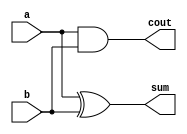
// ---------------------
// Full Adder
// Nome: Guilherme Augusto Freitas Costa
// ---------------------

// ---------------------
// -- half adder
// ---------------------

module halfadder (sum, cout, a, b);
 output sum, cout;
 input  a, b;

 xor XOR1 (sum, a, b);
 and AND1 (cout, a, b);

endmodule // halfadder

// ---------------------
// -- full adder
// ---------------------

module fulladder (sum, cout, cin, a, b);
	output sum, cout;
	input cin, a, b;
	
	halfadder HA1 (sum1, ha1, a, b);
	halfadder HA2 (sum, ha2, sum1, cin);
	or OR1 (cout, ha1, ha2);
	
endmodule // fulladder

// ---------------------
// -- full adder 3 bit
// ---------------------

module fulladder3bit (sum, x, y);
	output [3:0]sum;
	input [2:0]x, y;

	halfadder HA1 (sum[0], ha1, x[0], y[0]);
	fulladder FA1 (sum[1], fa1, ha1, x[1], y[1]);
	fulladder FA2 (sum[2], sum[3], fa1, x[2], y[2]);
endmodule //fulladder3bit

// ---------------------
// -- test full adder 3 bit
// ---------------------

module testfulladder;
	reg [2:0]x, y;
	wire [3:0]sum;
	
	fulladder3bit FA (sum, x, y);
	
	initial begin
	
		$display("Test Full Adder");
		// modificar valores para teste
		x = 3'b111;
		y = 3'b111;
	   #1 $displayb(x, " + " , y , " = " , sum);
		
	end
endmodule